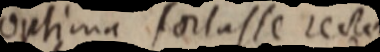
Optima fortasse recta